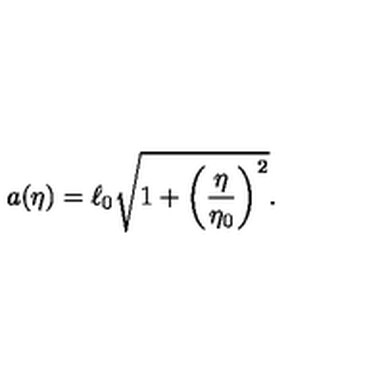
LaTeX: a ( \eta ) = \ell _ { 0 } \sqrt { 1 + \biggl ( \frac { \eta } { \eta _ { 0 } } \biggr ) ^ { 2 } } .